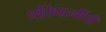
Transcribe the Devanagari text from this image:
पतिपत्‍नींची